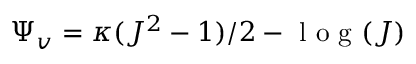
\Psi _ { v } = \kappa ( J ^ { 2 } - 1 ) / 2 - \mathrm { ~ l ~ o ~ g ~ } ( J )